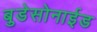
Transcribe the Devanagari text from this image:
बुडेसोनाईड